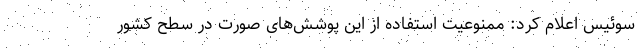
سوئیس اعلام کرد: ممنوعیت استفاده از این پوشش‌های صورت در سطح کشور